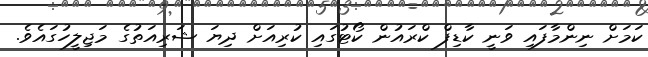
ކަމަށް ނިންމާފައި ވަނީ ކާޑިފް ކްރައުން ކޯޓުގައި ކުރިއަށް ދިޔަ ޝަރިއަތުގެ މަޖިލީހުގައެވެ.